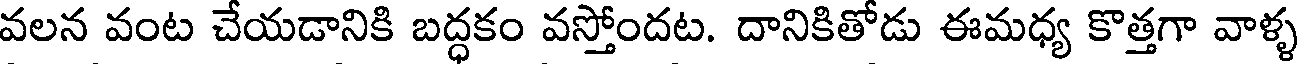
వలన వంట చేయడానికి బద్ధకం వస్తోందట. దానికితోడు ఈమధ్య కొత్తగా వాళ్ళ